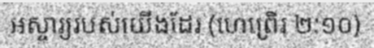
អស្ចារ្យរបស់យើងដែរ (ហេព្រើរ ២:១០)